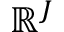
\mathbb { R } ^ { J }